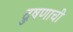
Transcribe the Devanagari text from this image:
दुषणाची